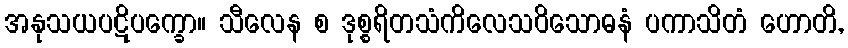
အနုသယပဋိပက္ခော။ သီလေန စ ဒုစ္စရိတသံကိလေသဝိသောဓနံ ပကာသိတံ ဟောတိ,